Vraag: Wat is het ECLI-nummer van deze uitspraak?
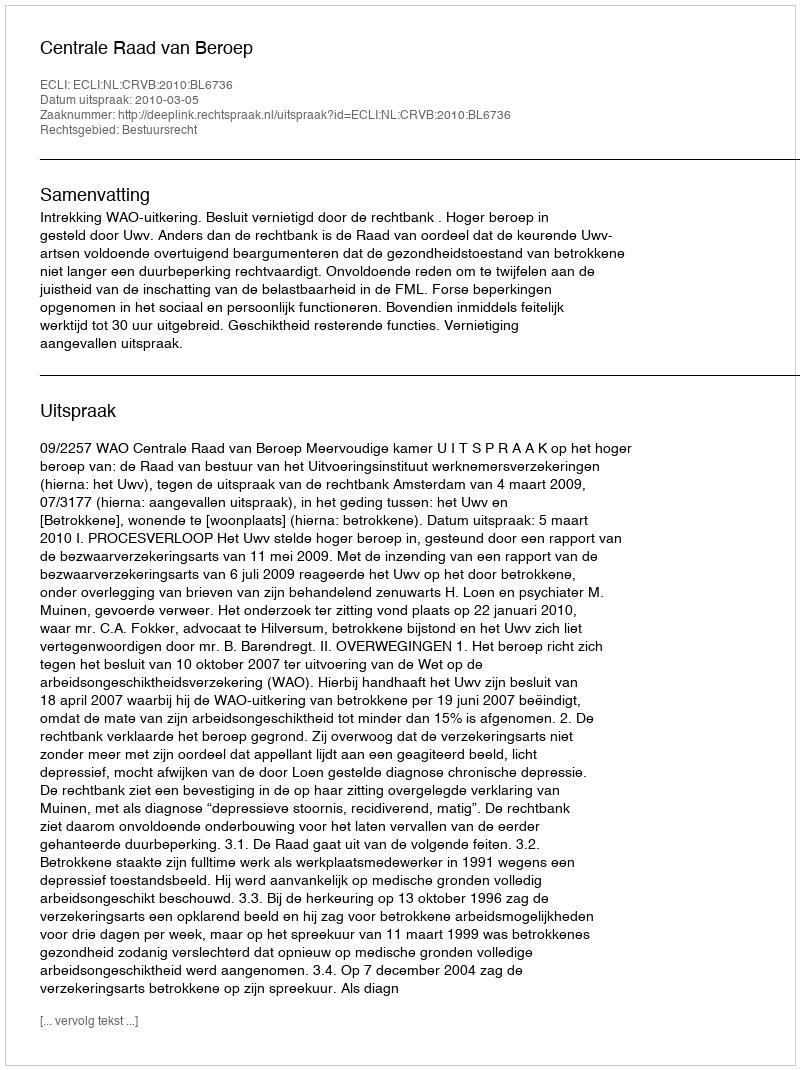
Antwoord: ECLI:NL:CRVB:2010:BL6736